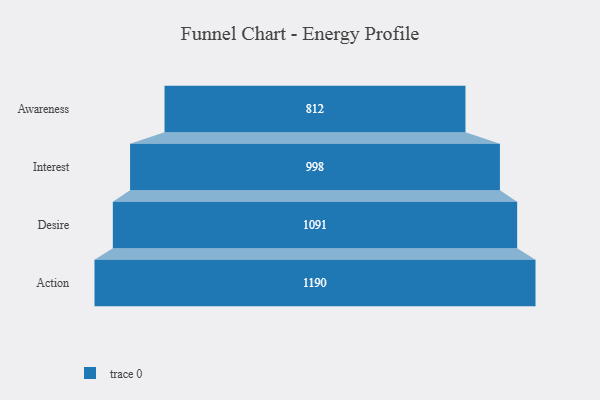
{"axis": {"x": "Stage", "y": "Value"}, "legend": [""], "data": [{"x": "Awareness", "y": 812.0, "type": ""}, {"x": "Interest", "y": 998.0, "type": ""}, {"x": "Desire", "y": 1091.0, "type": ""}, {"x": "Action", "y": 1190.0, "type": ""}]}